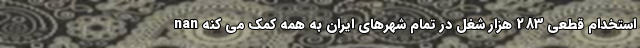
nan استخدام قطعی 283 هزار شغل در تمام شهرهای ایران به همه کمک می کنه